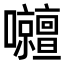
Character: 𡅹